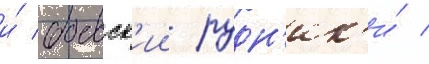
и́ боевск'ии рудн'ик'и́ /